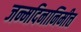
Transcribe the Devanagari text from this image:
जन्मदिनानिमीत्त